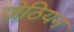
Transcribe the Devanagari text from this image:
जेठियन